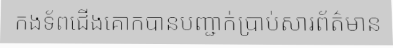
កងទ័ពជើងគោកបានបញ្ជាក់ប្រាប់សារព័ត៌មាន